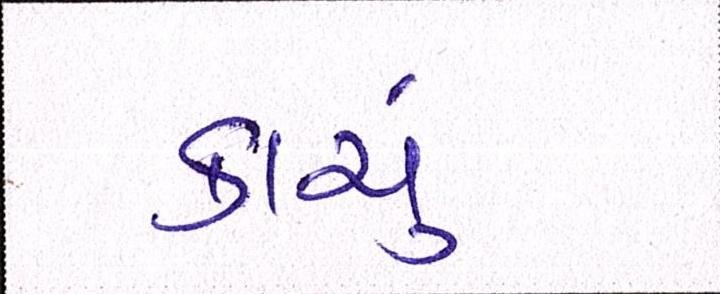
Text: કાચું